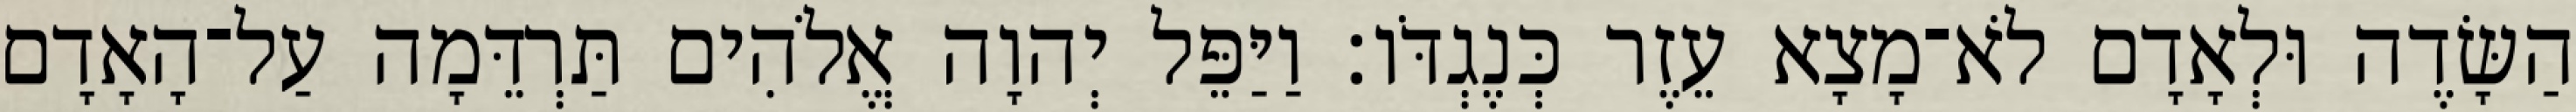
הַשָּׂדֶה וּלְאָדָם לֹא־מָצָא עֵזֶר כְּנֶגְדֹּו׃ וַיַּפֵּל יְהוָה אֱלֹהִים תַּרְדֵּמָה עַל־הָאָדָם